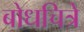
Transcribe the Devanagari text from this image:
बोधचित्रे